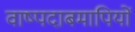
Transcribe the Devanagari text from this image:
वाष्पदाबमापियों